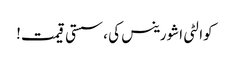
کوالٹی اشورینس کی ، سستی قیمت!